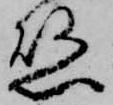
懸